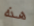
هذه